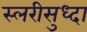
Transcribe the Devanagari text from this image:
स्लरीसुध्दा